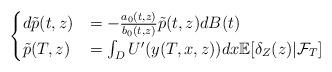
LaTeX: \begin{align*}\begin{cases}d\tilde{p}(t,z)&=- \frac{a_0(t,z)}{b_0(t,z)}\tilde{p}(t,z) dB(t)\\\tilde{p}(T,z)&= \int_D U'(y(T,x,z))dx\mathbb{E}[\delta_Z(z)|\mathcal{F}_T]\end{cases}\end{align*}